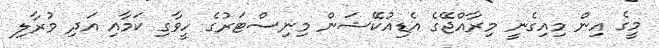
މީގެ އިން މިއިގެނީ މިރާއްޖޭގެ އެޑިއުކޭޝަން މިނިސްޓަރުގެ ހީވާގި ކަމާއި އަދި މުރާލި